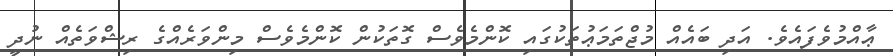
ޢާއްމުވެފައެވެ. އަދި ބައެއް މުޖްތަމަޢުތަކުގައި ކޮންމެވެސް ގޮތަކުން ކޮންމެވެސް މިންވަރެއްގެ ރިޝްވަތެއް ނުދީ